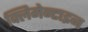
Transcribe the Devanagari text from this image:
क्लिमेन्टाइन